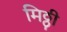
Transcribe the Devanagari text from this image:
मिठ्ठी